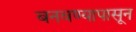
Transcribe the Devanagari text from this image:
बनवण्यापासून